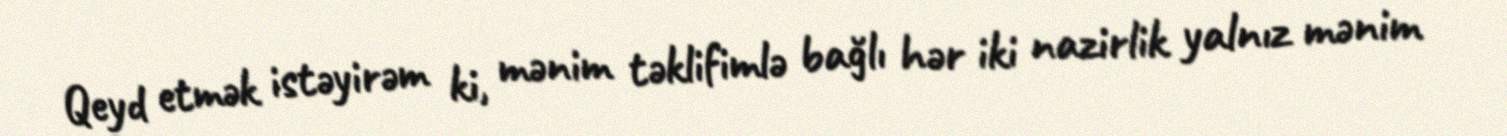
Qeyd etmək istəyirəm ki, mənim təklifimlə bağlı hər iki nazirlik yalnız mənim